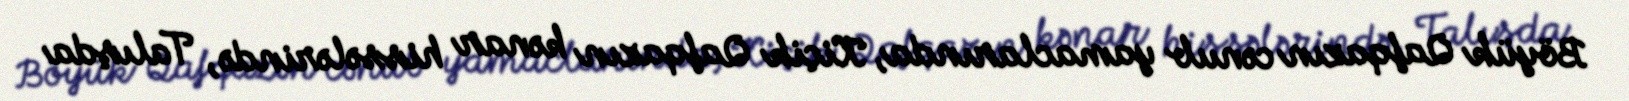
Böyük Qafqazın cənub yamaclarında, Kiçik Qafqazın kənar hissələrində, Talışda